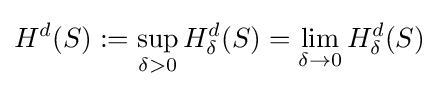
H^{d}(S):=\sup _{\delta >0}H_{\delta }^{d}(S)=\lim _{\delta \to 0}H_{\delta }^{d}(S)